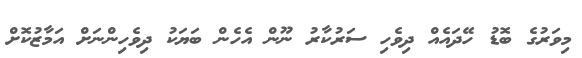
މިވަރުގެ ބޮޑު ހޭދައެއް ދިވެހި ސަރުކާރު ނޫން އެހެން ބަޔަކު ދިވެހިންނަށް އަމާޒުކޮށް